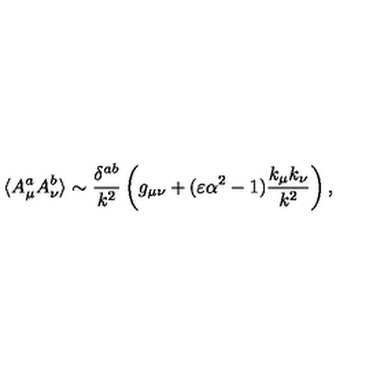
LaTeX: \langle A _ { \mu } ^ { a } A _ { \nu } ^ { b } \rangle \sim { \frac { \delta ^ { a b } } { k ^ { 2 } } } \left( g _ { \mu \nu } + ( \varepsilon \alpha ^ { 2 } - 1 ) { \frac { k _ { \mu } k _ { \nu } } { k ^ { 2 } } } \right) ,